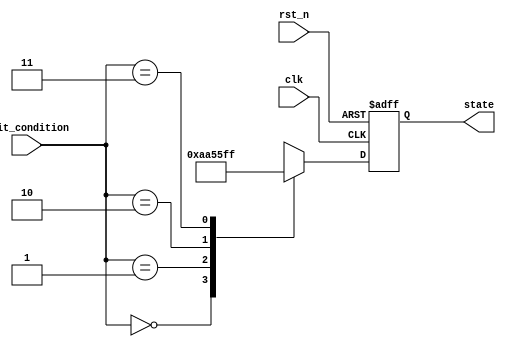
module conditional_initialization (
    input wire clk,                     // Clock signal
    input wire rst_n,                   // Active-low reset signal
    input wire [1:0] init_condition,    // Input signals determining initialization
    output reg [7:0] state              // Output state
);

    // Define parameters for initialization conditions
    parameter INIT_COND_0 = 2'b00;
    parameter INIT_COND_1 = 2'b01;
    parameter INIT_COND_2 = 2'b10;
    parameter INIT_COND_3 = 2'b11;

    // Internal registers for state initialization
    reg [7:0] init_state_0;
    reg [7:0] init_state_1;
    reg [7:0] init_state_2;
    reg [7:0] init_state_3;

    // Initial states for different conditions
    initial begin
        init_state_0 = 8'h00;  // Initial state for condition 0
        init_state_1 = 8'hAA;  // Initial state for condition 1
        init_state_2 = 8'h55;  // Initial state for condition 2
        init_state_3 = 8'hFF;  // Initial state for condition 3
    end

    // Sequential logic for state initialization
    always @(posedge clk or negedge rst_n) begin
        if (!rst_n) begin
            // During reset, set state to initial condition or a default value
            state <= 8'h00;  // Reset state
        end else begin
            // Conditional assignment based on the input condition
            case (init_condition)
                INIT_COND_0: state <= init_state_0;
                INIT_COND_1: state <= init_state_1;
                INIT_COND_2: state <= init_state_2;
                INIT_COND_3: state <= init_state_3;
                default: state <= 8'h00;  // Default case
            endcase
        end
    end

endmodule